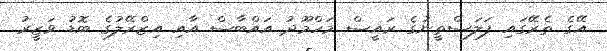
އޭގެ ތެރޭގައި ފަލަސްތީނުގެ ރައީސް މަހްމޫދު އައްބާސް އާއި އިޒްރޭލުގެ ބޮޑު ވަޒީރު